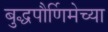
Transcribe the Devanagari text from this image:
बुद्धपौर्णिमेच्या